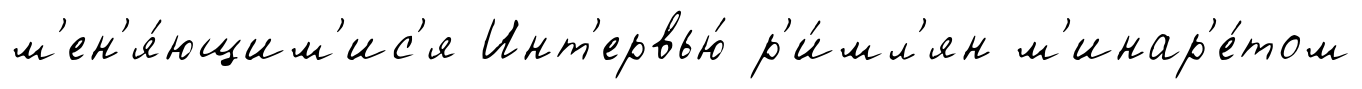
м'ен'я́ющим'ис'я Инт'ервью́ р'и́мл'ян м'инар'е́том